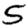
Digit: 5